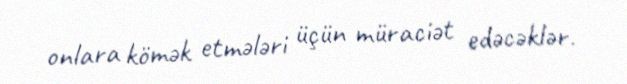
onlara kömək etmələri üçün müraciət edəcəklər.